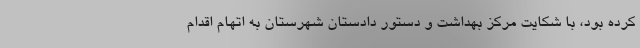
کرده بود، با شکایت مرکز بهداشت و دستور دادستان شهرستان به اتهام اقدام